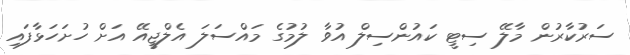
ސަރުކާރުން މާލޭ ސިޓީ ކައުންސިލް އުވާ ލުމުގެ މައްސަލަ އެލްޖީއޭ އަށް ހުށަހަޅާފައި